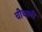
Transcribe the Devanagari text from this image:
चीचली